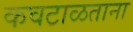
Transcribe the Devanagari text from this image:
कवटाळताना